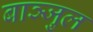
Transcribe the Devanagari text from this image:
बाञ्जुल